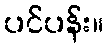
ပင်ပန်း။